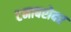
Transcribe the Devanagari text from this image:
टनाबरोबर